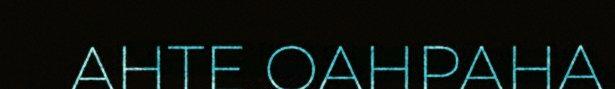
AHTE OAHPAHA